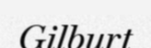
Gilburt